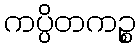
ကပ္ပိတကဉ္စ